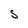
Character: S